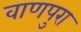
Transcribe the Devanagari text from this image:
वाणपुरा